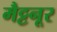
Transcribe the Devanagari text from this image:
मैट्टनूर